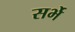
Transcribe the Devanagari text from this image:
सर्भे